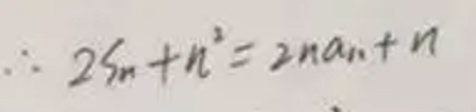
\[\therefore 2S_{n}+n^{2}=2na_{n}+n\]